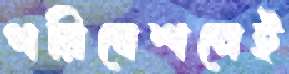
পরিবেশনেই